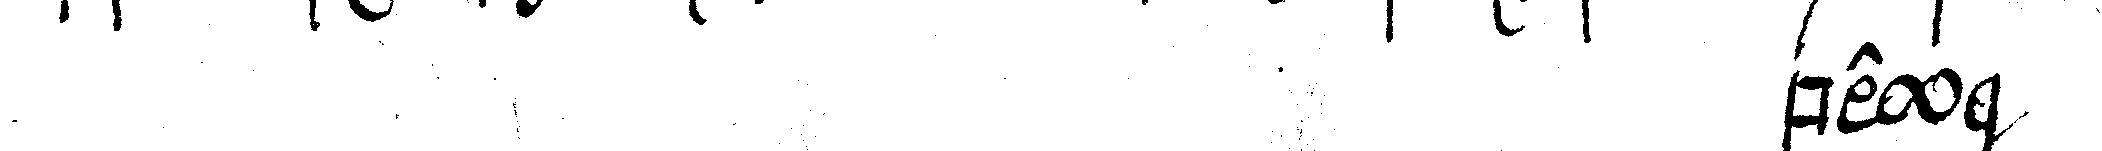
# bey